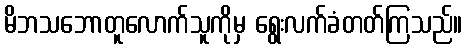
မိဘသဘောတူလောက်သူကိုမှ ရွေးလက်ခံတတ်ကြသည်။